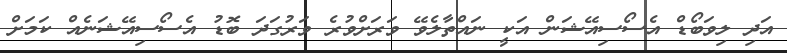
އަދި ލިވަބޯޑް އެސޯސިއޭޝަން އަކީ ނައްތާލެވޭ ވަރަށްވުރެ ވަރުގަދަ ބޮޑު އެސޯސިއޭޝަނެއް ކަމަށް